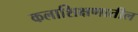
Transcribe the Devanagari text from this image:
कलाशिक्षणातील